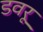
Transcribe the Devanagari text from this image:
डवरू